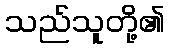
သည်သူတို့၏